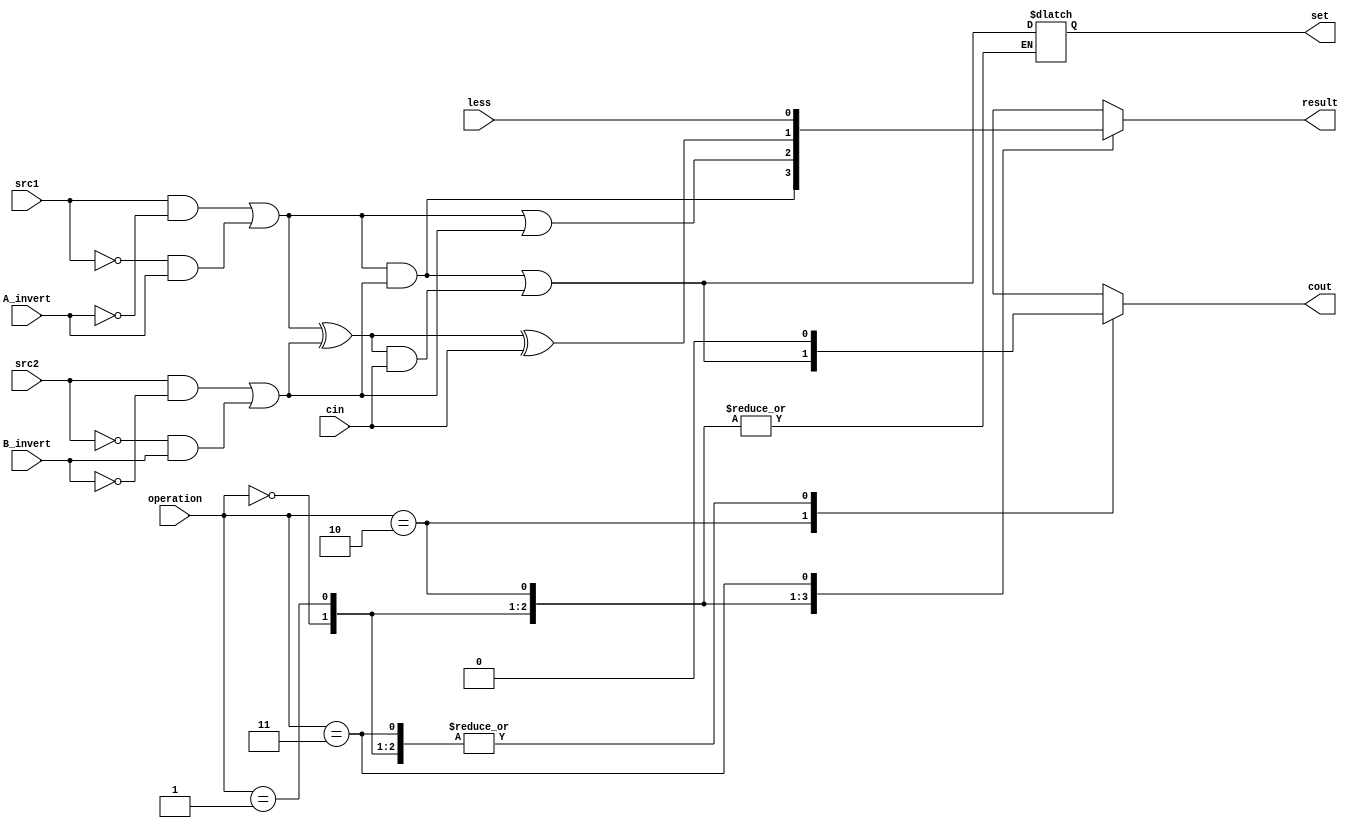
`timescale 1ns / 1ps
//////////////////////////////////////////////////////////////////////////////////
// Company: 
// Engineer: 
// 
// Design Name: 
// Module Name: alu_base
// Project Name: 
// Target Devices: 
// Tool Versions: 
// Description: 
// 
// Dependencies: 
// 
// Revision:
// Revision 0.01 - File Created
// Additional Comments:
// 
//////////////////////////////////////////////////////////////////////////////////


module alu_base(
               src1,       //1 bit source 1 (input)
               src2,       //1 bit source 2 (input)
               less,       //1 bit less     (input)
               A_invert,   //1 bit A_invert (input)
               B_invert,   //1 bit B_invert (input)
               cin,        //1 bit carry in (input)
               operation,  //operation      (input)
               result,     //1 bit result   (output)
               cout,       //1 bit carry out(output)
               set
               );

input         src1;
input         src2;
input         less;
input         A_invert;
input         B_invert;
input         cin;
input [2-1:0] operation;

output        result;
output        cout;
output        set;

reg           result;
reg           cout;
reg           set;
reg          src1_temp,src2_temp;

always@(*)begin
    src1_temp = ((src1) & (~A_invert)) | ((~src1) & (A_invert));
	src2_temp = ((src2) & (~B_invert)) | ((~src2) & (B_invert));
    case(operation)
        2'b00://and
        begin
            result=src1_temp&src2_temp;
            cout=0;
        end
        2'b01://or
        begin
            result=src1_temp|src2_temp;
            cout=0;
        end
        2'b10://addition
        begin
            result=src1_temp^src2_temp^cin;
            cout= (src1_temp&src2_temp)|((src1_temp^src2_temp)&cin);
        end
        2'b11://less
        begin
            result=less;
            set = (src1_temp&src2_temp)|((src1_temp^src2_temp)&cin);
		    cout = 0;
        end
    endcase
end
endmodule